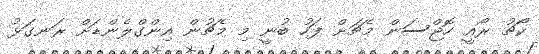
ކޯޗު ރޯއީ ހޮޖްސަން މެޗަށް ފަހު ބުނީ މި މެޗުން އިންގްލެންޑަށް ރަނގަޅު